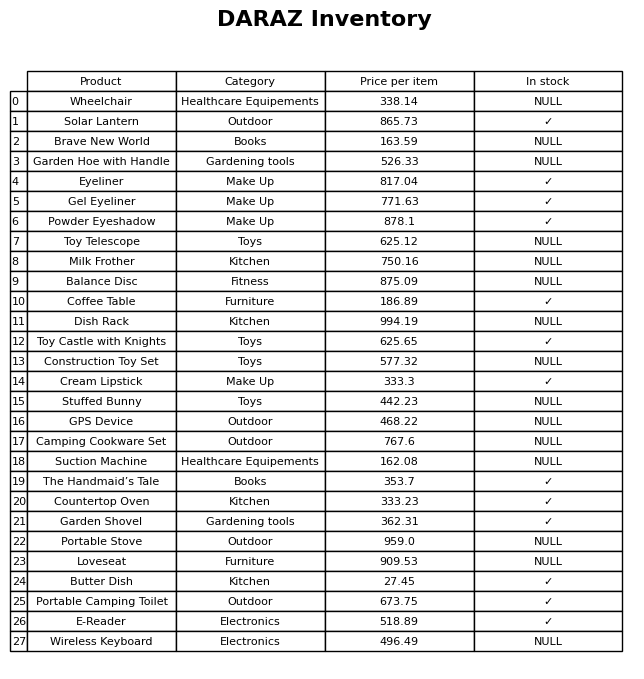
question: What is the price of the Suction Machine?
answer: The price of Suction Machine is 162.08.